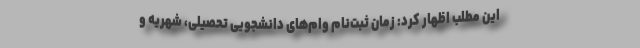
این مطلب اظهار کرد: زمان ثبت‌نام وام‌های دانشجویی تحصیلی، شهریه و